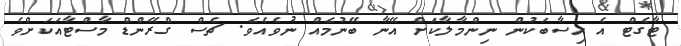
ޓާގެޓް އެ ހިސާބަކުން ނިންމާލާކަށް އޭނާ ބޭނުމެއް ނުވެއެވެ. ޗެސް ގްރޭންޑް މާސްޓާއަކަށްވެ